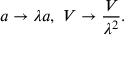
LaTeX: a \to \lambda a , \ V \to \frac { V } { \lambda ^ { 2 } } .